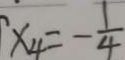
x _ { 4 } = - \frac { 1 } { 4 }